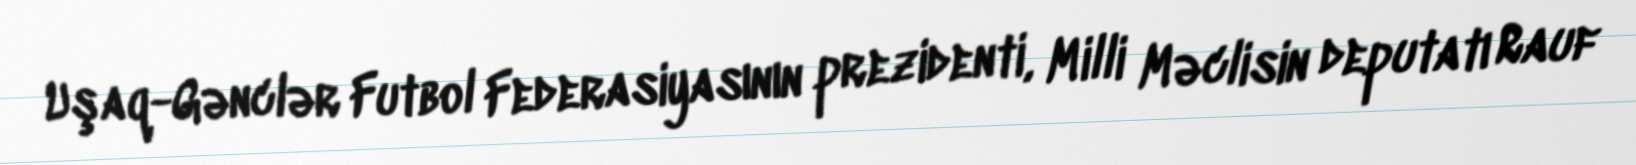
Uşaq-Gənclər Futbol Federasiyasının prezidenti, Milli Məclisin deputatı Rauf